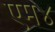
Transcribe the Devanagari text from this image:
एम४